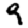
Digit: 9